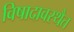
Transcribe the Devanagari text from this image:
विषादावस्थैत